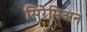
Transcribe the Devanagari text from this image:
सिरेमिअन